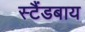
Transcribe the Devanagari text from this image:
स्टैंडबाय